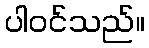
ပါဝင်သည်။